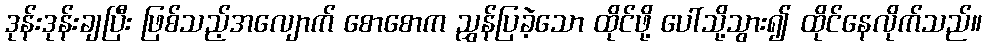
ဒုန်းဒုန်းချပြီး ဖြစ်သည့်အလျောက် စောစောက ညွှန်ပြခဲ့သော ထိုင်ဖို့ ပေါ်သို့သွား၍ ထိုင်နေလိုက်သည်။